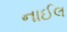
નાઈલ